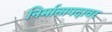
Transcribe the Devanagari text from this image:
निर्मातापदावर